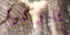
يدركوا